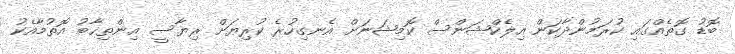
ބޮޑު ގޮތެއްގައި ކުރަމުންދާކަން އިލެކްޝަންސް ކޮމިޝަނަށް އެނގިހުރެ ކުރިޔަށް ރިޔާސީ އިންތިޚާބު އޮތުމާއެކު